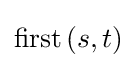
\mathrm {first} \,(s,t)